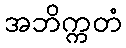
အဘိက္ကတံ